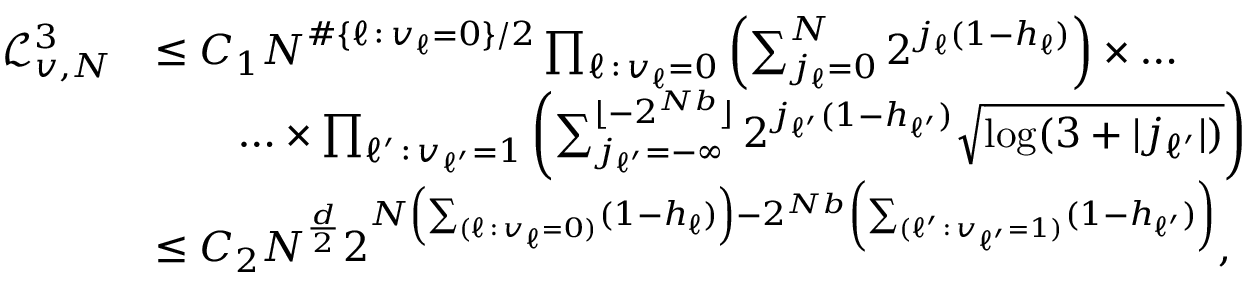
\begin{array} { r l } { \mathcal { L } _ { v , N } ^ { 3 } } & { \leq C _ { 1 } N ^ { \# \{ \ell \, : \, v _ { \ell } = 0 \} / 2 } \prod _ { \ell \, : \, v _ { \ell } = 0 } \left( \sum _ { j _ { \ell } = 0 } ^ { N } 2 ^ { j _ { \ell } ( 1 - h _ { \ell } ) } \right) \times \ldots } \\ & { \qquad \ldots \times \prod _ { \ell ^ { \prime } \, : \, v _ { \ell ^ { \prime } } = 1 } \left( \sum _ { j _ { \ell ^ { \prime } } = - \infty } ^ { \lfloor - 2 ^ { N b } \rfloor } 2 ^ { j _ { \ell ^ { \prime } } ( 1 - h _ { \ell ^ { \prime } } ) } \sqrt { \log ( 3 + | j _ { \ell ^ { \prime } } | ) } \right) } \\ & { \leq C _ { 2 } N ^ { \frac { d } { 2 } } 2 ^ { N \left( \sum _ { ( \ell \, : \, v _ { \ell } = 0 ) } ( 1 - h _ { \ell } ) \right) - 2 ^ { N b } \left( \sum _ { ( \ell ^ { \prime } \, : \, v _ { \ell ^ { \prime } } = 1 ) } ( 1 - h _ { \ell ^ { \prime } } ) \right) } , } \end{array}